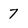
Character: 7